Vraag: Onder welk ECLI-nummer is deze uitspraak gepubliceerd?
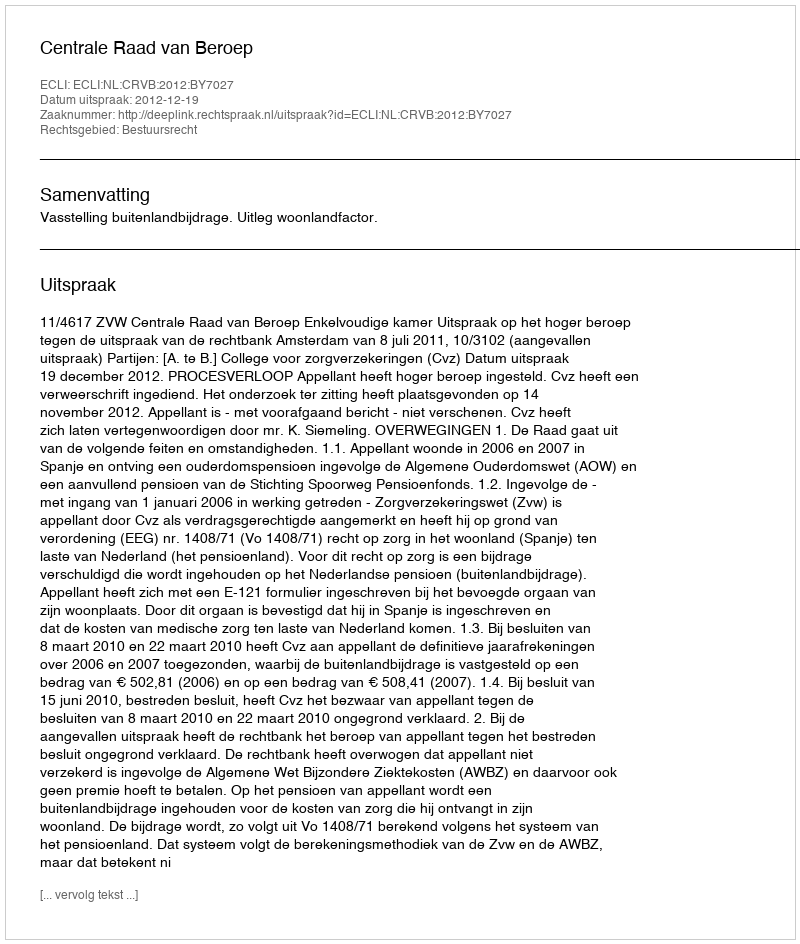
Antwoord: ECLI:NL:CRVB:2012:BY7027